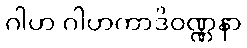
ဂါဟ ဂါဟကာဒိဝဏ္ဏနာ